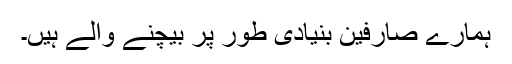
ہمارے صارفین بنیادی طور پر بیچنے والے ہیں۔